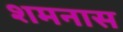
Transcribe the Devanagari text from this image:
शमनास